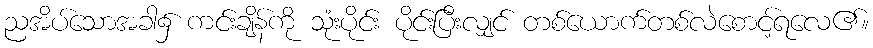
ညအိပ်သောအခါ၌ ကင်းချိန်ကို သုံးပိုင်း ပိုင်းပြီးလျှင် တစ်ယောက်တစ်လဲစောင့်ရလေ၏။